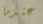
عندما